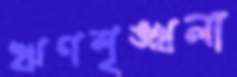
ঋণশৃঙ্খলা